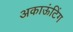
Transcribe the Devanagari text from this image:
अकाऊंटिंग